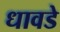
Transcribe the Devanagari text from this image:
धावडे